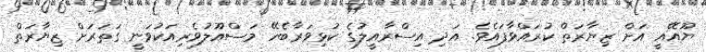
ޔޫއޭއީ އަށް ޒިޔާރަތް ކުރައްވާފައެވެ. އަދި އިސްރާއީލުގެ ކުޅިވަރާބެހޭ މަސްއޫލުވެރިއަކުވަނީ ގަތަރަށް ޒިޔާރަތް